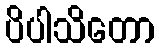
ပိပါသိတော